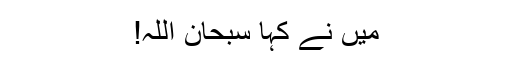
مَیں نے کہا سبحان اللہ!